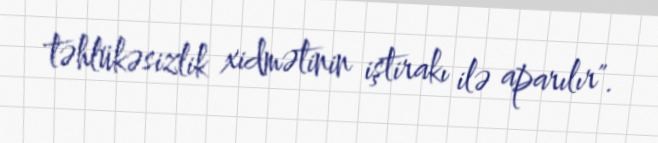
təhlükəsizlik xidmətinin iştirakı ilə aparılır".